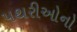
પથરીઓનો